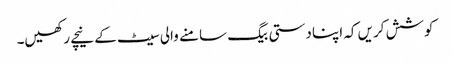
کوشش کریں کہ اپنا دستی بیگ سامنے والی سیٹ کے نیچے رکھیں۔